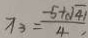
x _ { 3 } = \frac { - 5 + \sqrt { 4 1 } } { 4 }